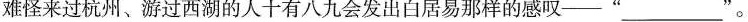
难怪来过杭州、游过西湖的人十有八九会发出白居易那样的感叹——” ___ ”。